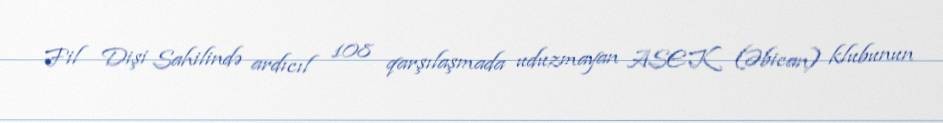
Fil Dişi Sahilində ardıcıl 108 qarşılaşmada uduzmayan ASEK (Əbican) klubunun